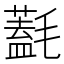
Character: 𣰛